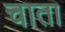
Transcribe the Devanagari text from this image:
चाता